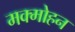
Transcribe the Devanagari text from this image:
मक्मोहन